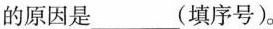
的原因是___（填序号）。